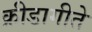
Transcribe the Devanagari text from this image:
क्रीडागीते